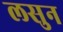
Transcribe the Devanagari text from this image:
लसुन